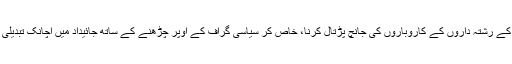
دنیابھر کی جمہوریت میں لیڈروں کے رشتہ داروں کے کاروباروں کی جانچ پڑتال کرنا، خاص کر سیاسی گراف کے اوپر چڑھنے کے ساتھ جائیداد میں اچانک تبدیلی نظر آئے، بےحد معمولی بات ہے۔